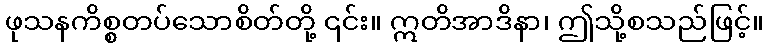
ဖုသနကိစ္စတပ်သောစိတ်တို့ ၎င်း။ ဣတိအာဒိနာ၊ ဤသို့စသည်ဖြင့်။